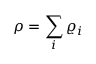
\rho = \sum _ { i } \varrho _ { i }